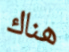
هناك